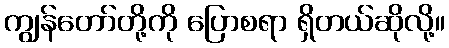
ကျွန်တော်တို့ကို ပြောစရာ ရှိတယ်ဆိုလို့။